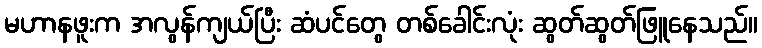
မဟာနဖူးက အလွန်ကျယ်ပြီး ဆံပင်တွေ တစ်ခေါင်းလုံး ဆွတ်ဆွတ်ဖြူနေသည်။